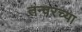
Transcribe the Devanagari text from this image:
तन्वरच्या